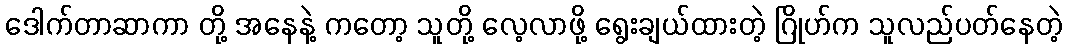
ဒေါက်တာဆာကာ တို့ အနေနဲ့ ကတော့ သူတို့ လေ့လာဖို့ ရွေးချယ်ထားတဲ့ ဂြိုဟ်က သူလည်ပတ်နေတဲ့